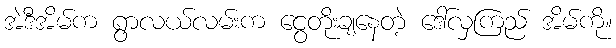
အဲဒီအိမ်က ရွာလယ်လမ်းက ငွေတိုးချနေတဲ့ ဒေါ်လှကြည် အိမ်ကို။